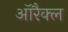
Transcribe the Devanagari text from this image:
ऑरैक्ल